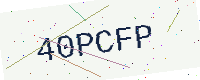
Text: 40PCFP